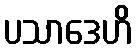
ပသာဒေဟိ